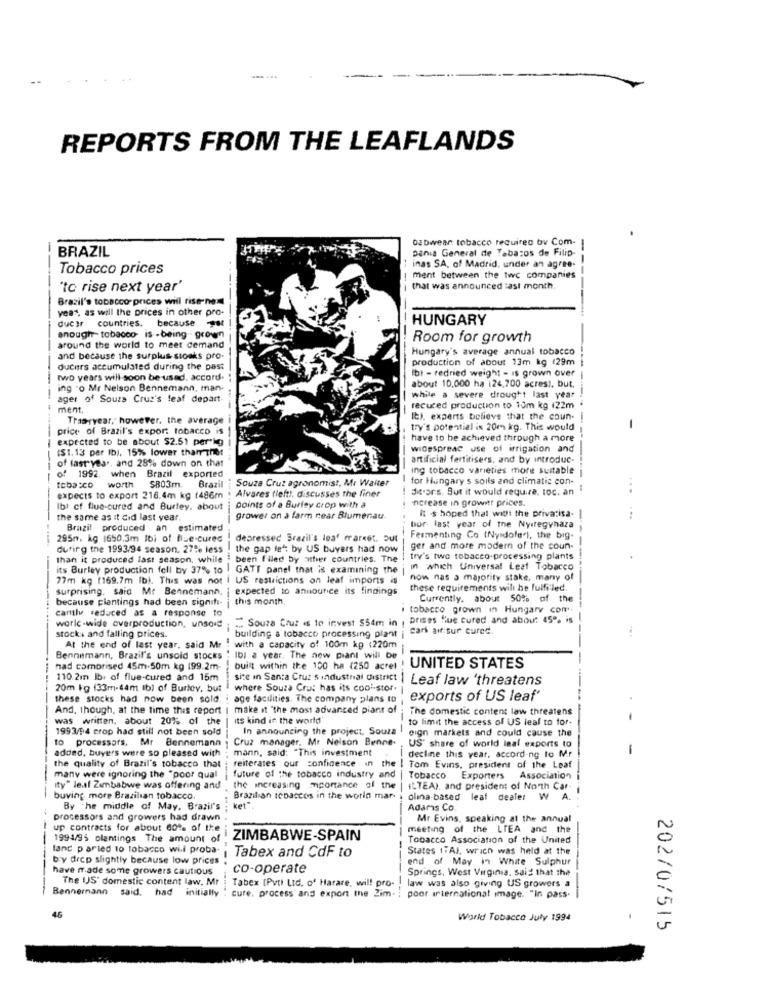
....
REPORTS FROM THE LEAFLANDS
Dabwear tobacco requireo bv Com-
-
BRAZIL
Dania General de Tabacos de Filip-
Tobacco prices
inas SA, of Madrid. under an agree-
ment between the two companies
"to rise next year"
that was announced tast month
Brazil's tobacco prices will rise-nem
year, as will the prices in other pro-
HUNGARY
ducir countries. because **
enough- tobacco- is - being grown
Room for growth
around the world to meet cemand
Hungary's average annual tobacco
and because the surplus stocks pro-
production of about 13m kg (29m
ducers accumulated during the past
bi - redried weight = is grown over
two years will soon be used. accord.
ing "o Mr Nelson Bennemann, man.
about 10,000 ha (24,700 acres), but.
ager of Souza Cruz's leaf depart-
while a severe drought last year
ment.
-
recured production to 10m kg 122m
Tras-ryear, however, the average
It). experts believe that the coun-
price of Brazil's export tobacco is
try's potential is 20m kg. This would
-
expected to be about $2.51 perig
have to be achieved through a more
($1.13 per Ib), 15% lower thanther
widespreac use of irrigation and
artificial fertitisers, and by introduc-
of lastyear, and 28% down on that
ing tobacco varieties more suitable
of 1992. when Brazil exported
SB03m.
Souza Cruz agronomist, Mr Walter
-
for thingary s soils and climatic con-
tobacco
worth
Brazil
Alvares (left). discusses the finer
di ors. But it would require, toc. an
...
expects to export 218.4m kg (486m
Increase in growntr prices.
Ibi cf flue-cured and Burley, about
points of a Burley crop with a
It's hoped that with the privatisa-
the same as it did last year.
grower on a farm near Blumenau-
...
Brazil produced an estimated
bor- last year of the Nyiregyhaza
--------------
295m. kg 1650.3m Ibi of flue-cured
depressed Srazil's leaf market. Out
Fermenting Co (Ny dofer), the big-
during the 1993/94 season. 27% less
the gap left by US buyers had now
ger and more modern of the coun-
than it produced last season, while
than it produced last season, while I been f'lled by athier countries. The
try's two tobacco-processing plants
its Burley production fell by 37% to
its Burley production fell by 37% to . GATT panel that is examining the
GATT panel that is examining the
In which Universal Leat Tobacco
77m kg (169.7m lb). This was not
77m kg (169.7m Ib). This was not I US restrictions on leaf imports is
now nas a majority stake, many of
surprising. said Mr Bennemann, i expected to announce its findings
these requirements will be fulfiled.
because plantings had been signifi- this month.
Currently. about 50% of the
cantly reduced as a response to
tobacco grown in Hungary com
world -wide overproduction, unsold . .. Souza Crut is to invest $54m in , brises flue cured and abou: 45% is
cars air sur cured.
stocks and falling prices.
building & tobacco processing plant
At the end of last year, said Mr
with a capacity of 100m kg (220m
Bennemann, Brazil's unsold stocks
s " Ib) a year. The new piant will be
nad comprised 45m.50m kg 199.2m
built within the 150 ha (250 acrel
UNITED STATES
110.2mm Ibe of flue-cured and 15m
site in Santa Cruz s industrial district
Leaf law 'threatens
20m kg (33m-dam tb) of Burley, but
------
where Souza Crus has its cool-stor.
these stocks had now been sold. : age facilities. The company plans to
exports of US leaf'
And, though, at the time this report | make it "the most advanced piant of
And, though, at the time this report
The domestic content law threatens
was written, about 20% of the
its kind ir the world'
to limit the access of US leal to for-
1993/94 erop had still not been sold
In announcing the project, Souza
---
eign markets and could cause the
to processors, Mr Bennemann
Cruz manager. Mr Nelson Benne.
added, buyers were so pleased with
mann, said: "This investment
US" share of world leal exports to
-
reiterates our confidence in the !
decline this year, according to Mr
the quality of Brazil's tobacco that
Tom Evins, president of the Leaf
many were ignoring the "poor qual
future of the tobacco industry and
Tobacco Exporters Association
Ity" leaf Zimbabwe was offering and
the increasing mportance of the
ILTEA), and president of North Car-
----
buving more Brazilian tobacco.
Brazilian tobaccos in the world mar- i olina-based leaf dealer W A.
By The middle of May. Brazil's
ket".
Adams Co
processors and growers had drawn
Mr Evins, speaking at the annual
up contracts for about 60% of the
meeting of the LIEA and the
1994/95 olantings The amount of
ZIMBABWE-SPAIN
Tobacco Association of the United
lanc parted 10 Tobacco will proba-
Tabex and CdF to
States 1TAJ, which was held at the
----
by drcp slightly because low prices
end of May in White Sulphur
have made some growers cautious
co-operate
Springs, West Virginia, said that the
The US' domestic content law, Mt
Tabex (Pvt) Lid, of Harare, wil! pro-
law was also giving US growers a
Bannermann said. had
initially
cure, process and export mne 2im. ; poor international image. "In pass.
46
World Tobacco July 1994
202/0/515